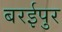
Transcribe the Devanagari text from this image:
बरईपुर